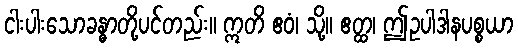
ငါးပါးသောခန္ဓာတို့ပင်တည်း။ ဣတိ ဧဝံ၊ သို့။ ဧတ္ထ၊ ဤဥပါဒါနပစ္စယာ